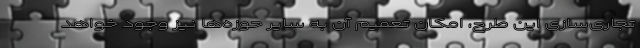
تجاری‌سازی این طرح، امکان تعمیم آن به سایر حوزه‌ها نیز وجود خواهد